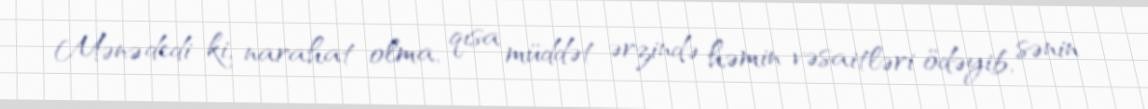
Mənə dedi ki, narahat olma, qısa müddət ərzində həmin vəsaitləri ödəyib, sənin